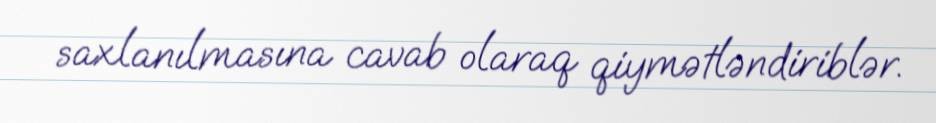
saxlanılmasına cavab olaraq qiymətləndiriblər.